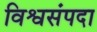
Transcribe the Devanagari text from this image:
विश्वसंपदा